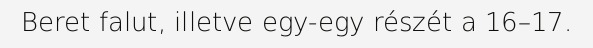
Beret falut, illetve egy-egy részét a 16–17.